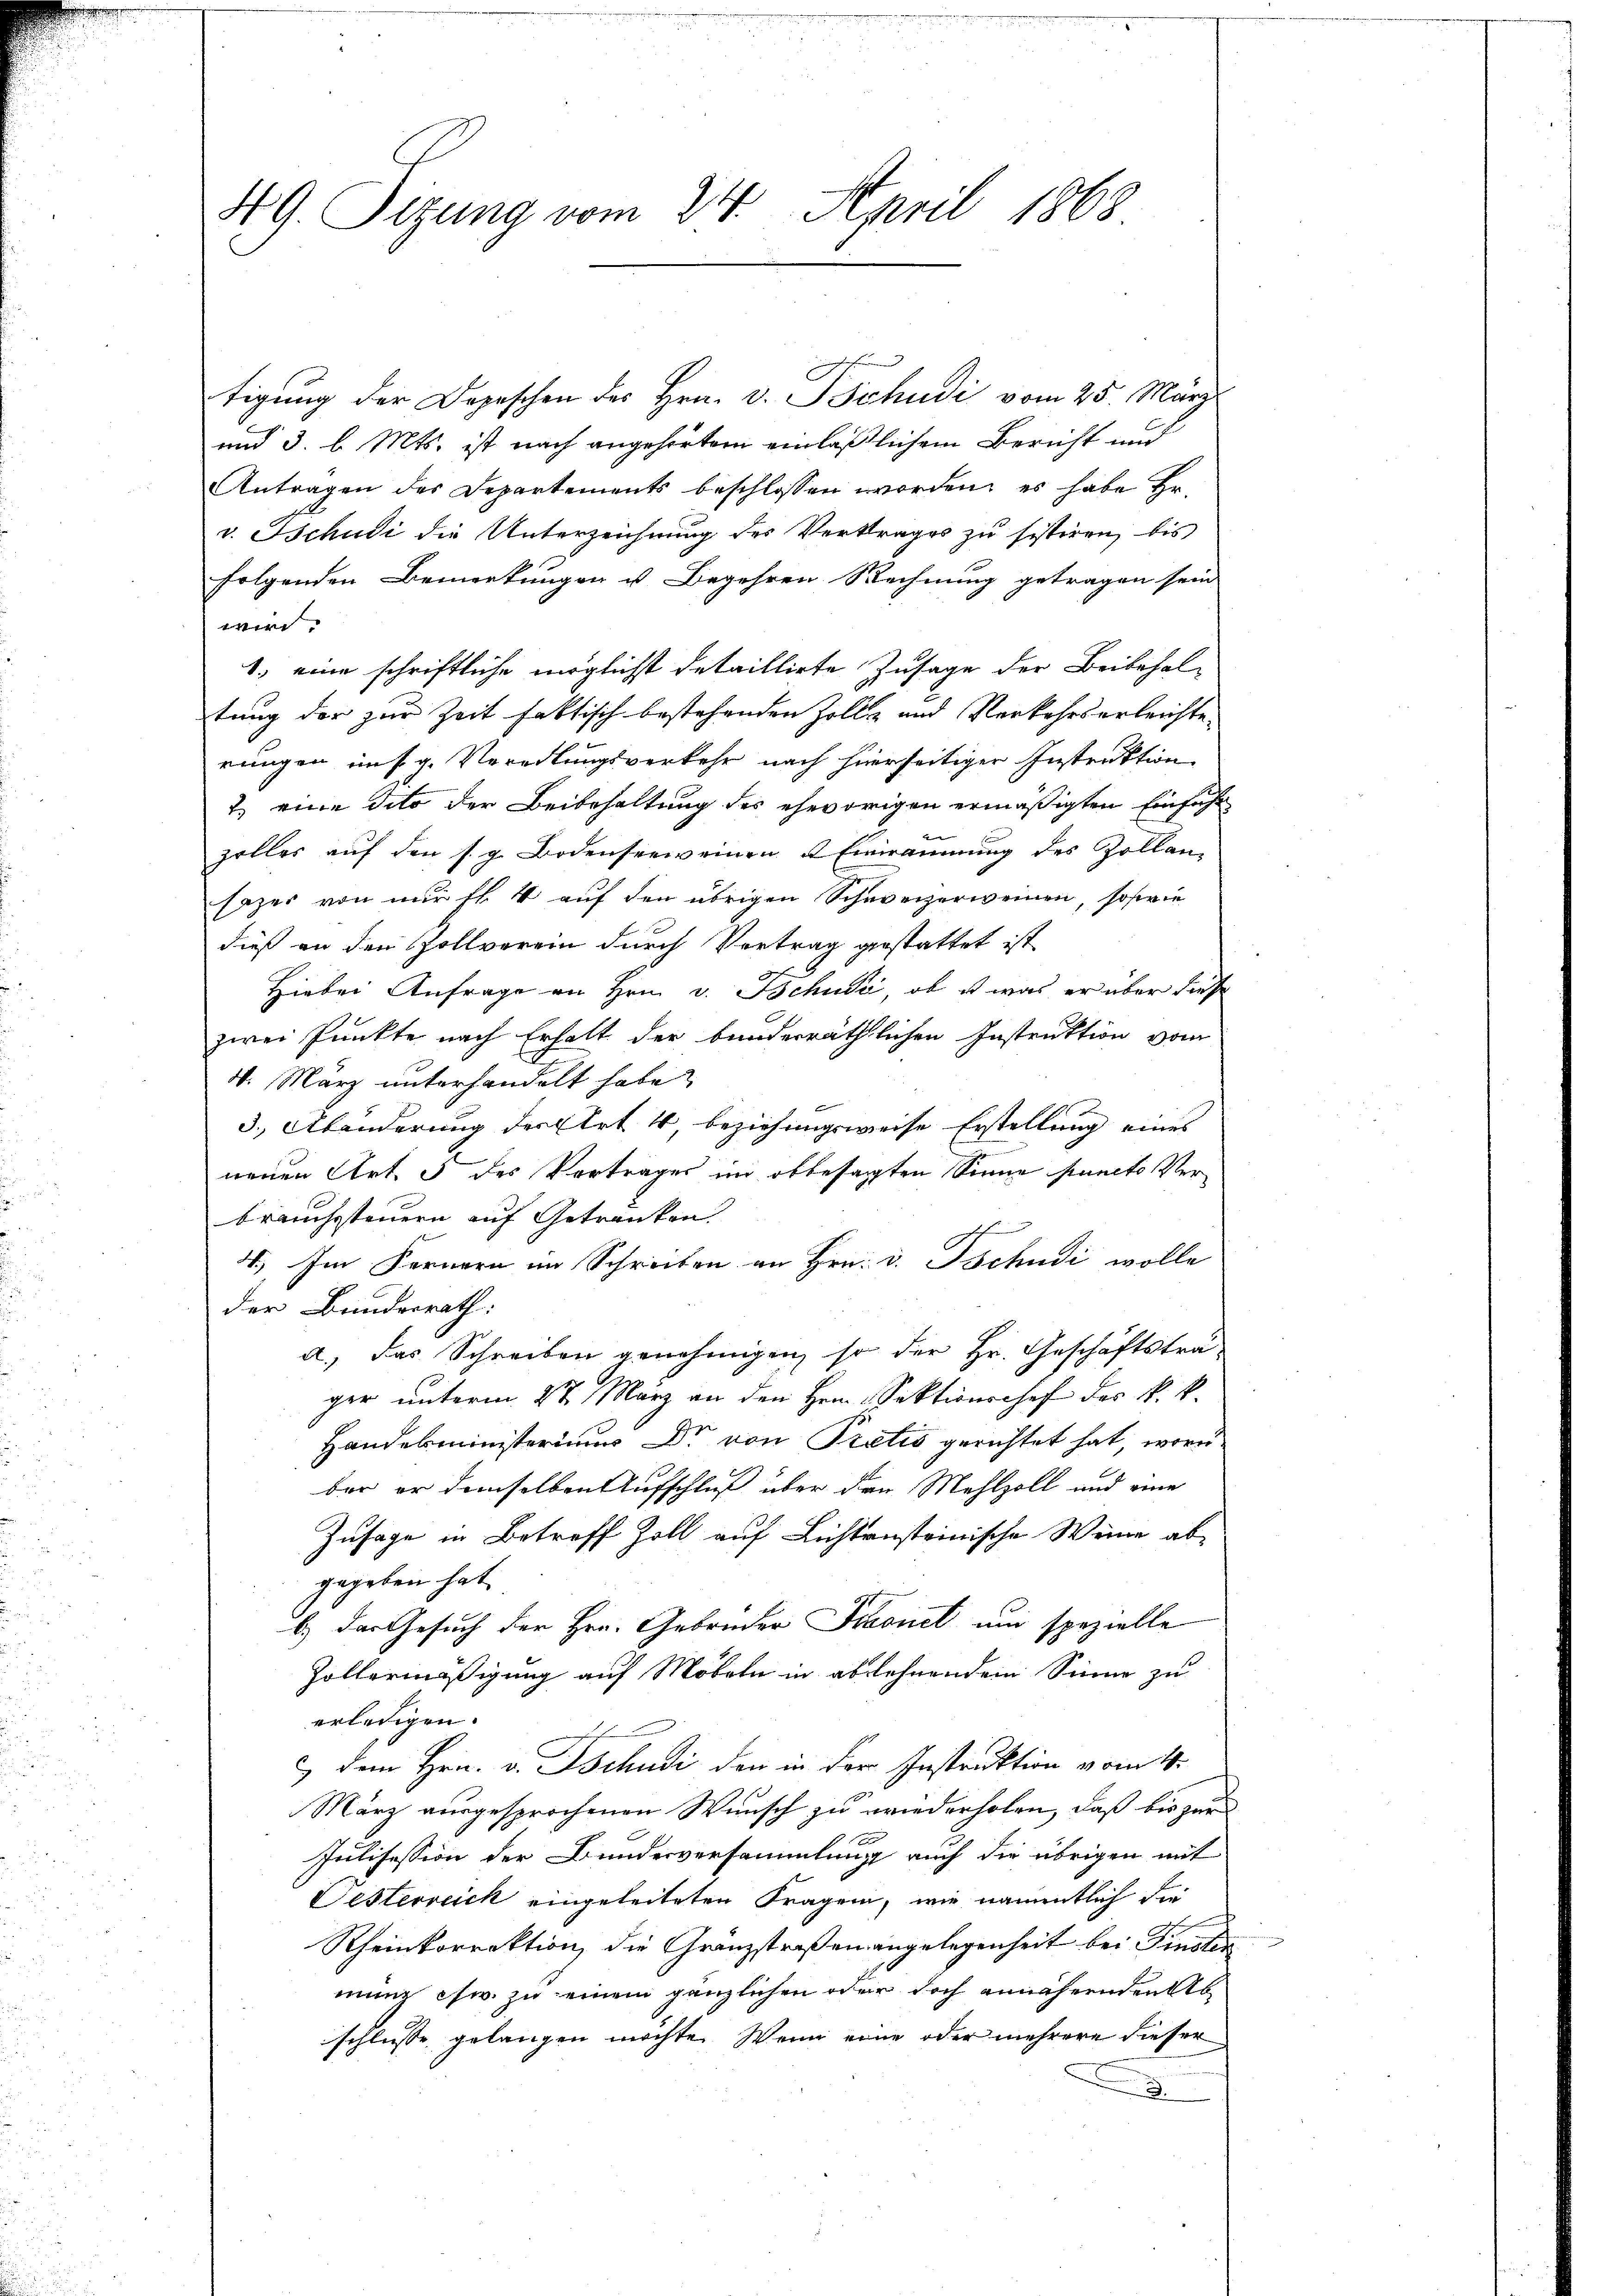
49. Sizung vom 24. April 1868

tigung der Depeschen des Hrn. v. Schudi vom 25. März
und 3. l. Mts. ist nach angehörter einläßlichem Bericht und
Antragen des Departements beschlossen worden, es habe bev. Tschudi die Unterzeichnung des Vertrages zu sistiren, bis
folgenden Bemerkungen u. Begehren Rechnung getragen sein
wird.
1. eine schriftliche möglichst detaillirte Zusage der Beibehal-
tung der zur Zeit faktisch bestehenden Zolle und Verkehrserleichte
rungen uns g. Veredlungsverkehr nach hierseitiger Instruktion
2.) eine deto der Beibehaltung des ehevorigen ermäßigten Einführ
zolles auf den s. g. Bodenserweinen Einräumung des Zollan-
sazer von nur fl. 4 auf den übrigen Schweizerweinen, sowie
dieß an den Zollverein durch Vertrag gestattet ist,
Hiebei Anfrage an Hrn. v. Schule, ob es was er über diese
zwei Punkte nach Erhalt der bunderräthlichen Instruktion vom
4. März unterhandelt habe?
3.) Abänderung der Art 4, beziehungsweise Erstellung eines
neuen Art. 5 des Vortrages im obbesagten Sinne puncto Verbrauchssteuern auf Getranken
4.) Im Fernern im Schreiben an Hrn. v. Tschudi wolle
der Bundesrath:
a.) Das Schreiben genehmigen, so der Hr. Geschäftstrager unterm 27. März an den Hrn. Sektionschef des k. k.
Handelsministeriums Dr. von Pretis gerichtet hat, woru
ber er demselben Aufschluß über den Mehlzoll und eine
Zusage in Betreff Zoll auf Lichtensteinische Weine ab-
gegeben hat.
b.) Der Gesuch der Hrn. Gebrüder Sonet und spezielle
Zollermäßigung auf Möbeln in ablehnendem Sinne zu
erledigen.
c dem Hrn. v. Tschudi den in der Instruktion vom 14.
März ausgesprochenen Wunsch zu wiederholen, daß bis zur
d
Intisession der Bundesversammlung auch die übrigen mit
Oesterreich eingeleiteten Fragen, wie namentlich die
Rheinkorrektion, die Granzstraßen angelegenheit bei Finsten
mung es w. zu einem gänzlichen oder doch annähernden Ab-
schlusse gelangen möchte. Wenn eine oder mehrere dieser